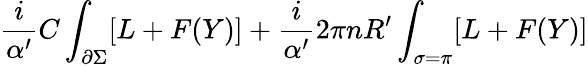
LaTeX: \frac{i}{\alpha^{\prime}}C\int_{\partial\Sigma}[L+F(Y)]+\frac{i}{\alpha^{\prime}}2\pi nR^{\prime}\int_{\sigma=\pi}[L+F(Y)]